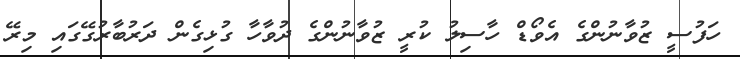
ހަފުސީ ޒުވާނުންގެ އެވޯޑް ހާސިލު ކުރީ ޒުވާނުންގެ ދުވާހާ ގުޅިގެން ދަރުބާރުގޭގައި މިރޭ